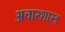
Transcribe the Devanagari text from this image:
अचारशास्त्र